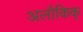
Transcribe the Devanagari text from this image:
अलौकिक्